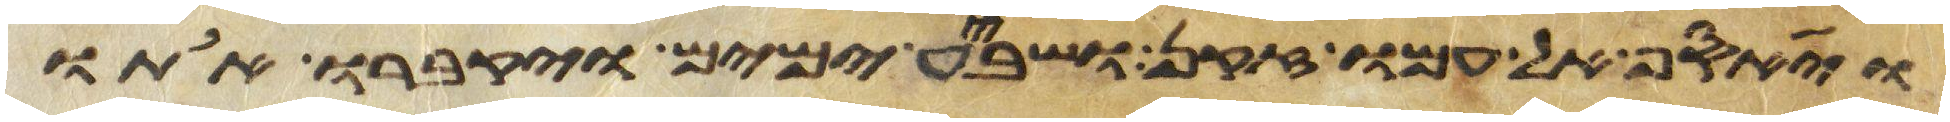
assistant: ויאסף אל עמו זקן ושבע ימים ויקברו אתו